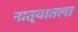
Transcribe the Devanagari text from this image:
नात्यातला